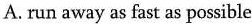
A. run away as fast as possible